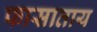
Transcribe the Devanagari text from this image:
फासाताय